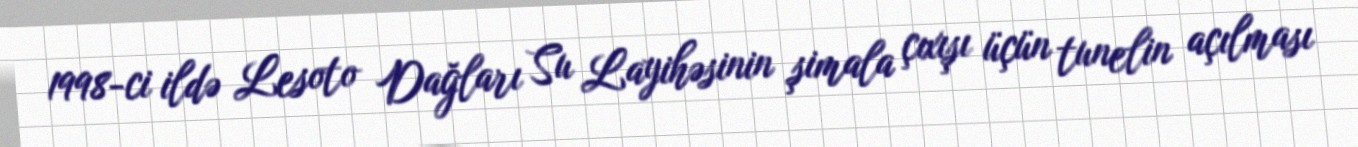
1998-ci ildə Lesoto Dağları Su Layihəsinin şimala çıxışı üçün tunelin açılması